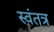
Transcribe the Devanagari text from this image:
स्‍वंतत्र